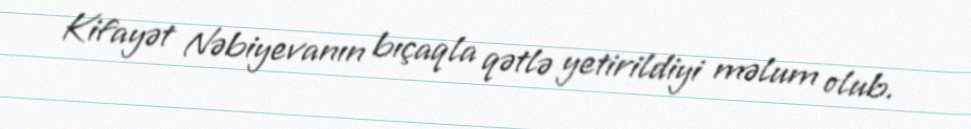
Kifayət Nəbiyevanın bıçaqla qətlə yetirildiyi məlum olub.